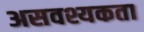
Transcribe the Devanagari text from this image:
असवश्यकता